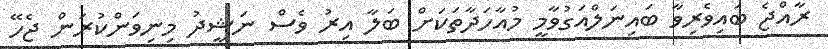
ރާއްޖެ ބައިވެރިވާ ބައިނަލްއަގުވާމީ މުއާހަދާތަކަށް ބަލާ އިރު ވެސް ނަޝީދު މިނިވަންކުރަން ޖެހޭ